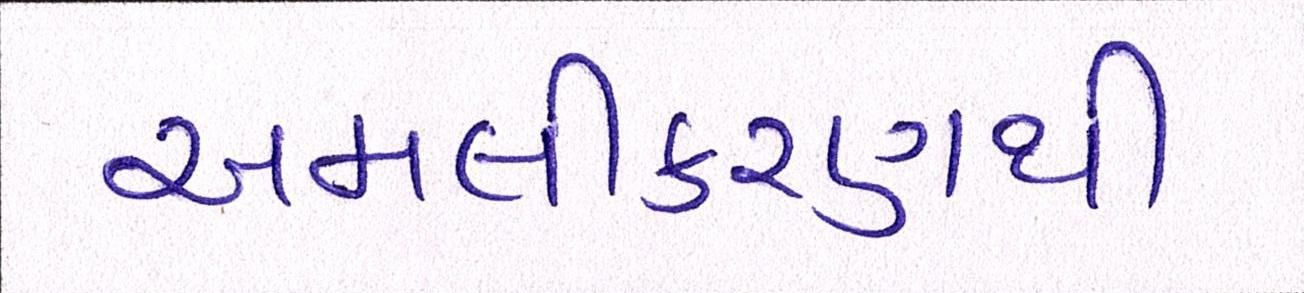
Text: અમલીકરણથી